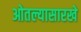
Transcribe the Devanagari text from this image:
ओतल्यासारखे